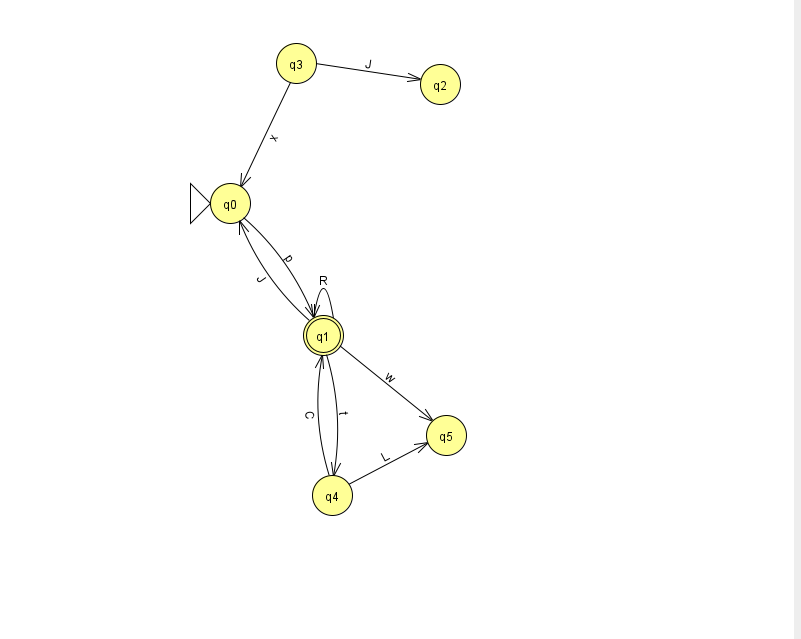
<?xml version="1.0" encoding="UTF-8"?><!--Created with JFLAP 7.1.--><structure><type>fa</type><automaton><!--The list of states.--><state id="0" name="q0"><x>230.0</x><y>190.0</y><initial/></state><state id="1" name="q1"><x>323.0</x><y>322.0</y><final/></state><state id="2" name="q2"><x>440.0</x><y>71.0</y></state><state id="3" name="q3"><x>296.0</x><y>50.0</y></state><state id="4" name="q4"><x>332.0</x><y>482.0</y></state><state id="5" name="q5"><x>446.0</x><y>422.0</y></state><!--The list of transitions.--><transition><from>3</from><to>0</to><read>x</read></transition><transition><from>1</from><to>1</to><read>R</read></transition><transition><from>4</from><to>1</to><read>C</read></transition><transition><from>0</from><to>1</to><read>p</read></transition><transition><from>1</from><to>5</to><read>w</read></transition><transition><from>1</from><to>4</to><read>t</read></transition><transition><from>3</from><to>2</to><read>J</read></transition><transition><from>1</from><to>0</to><read>J</read></transition><transition><from>4</from><to>5</to><read>L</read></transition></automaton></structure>